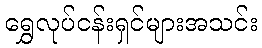
ရွှေလုပ်ငန်းရှင်များအသင်း